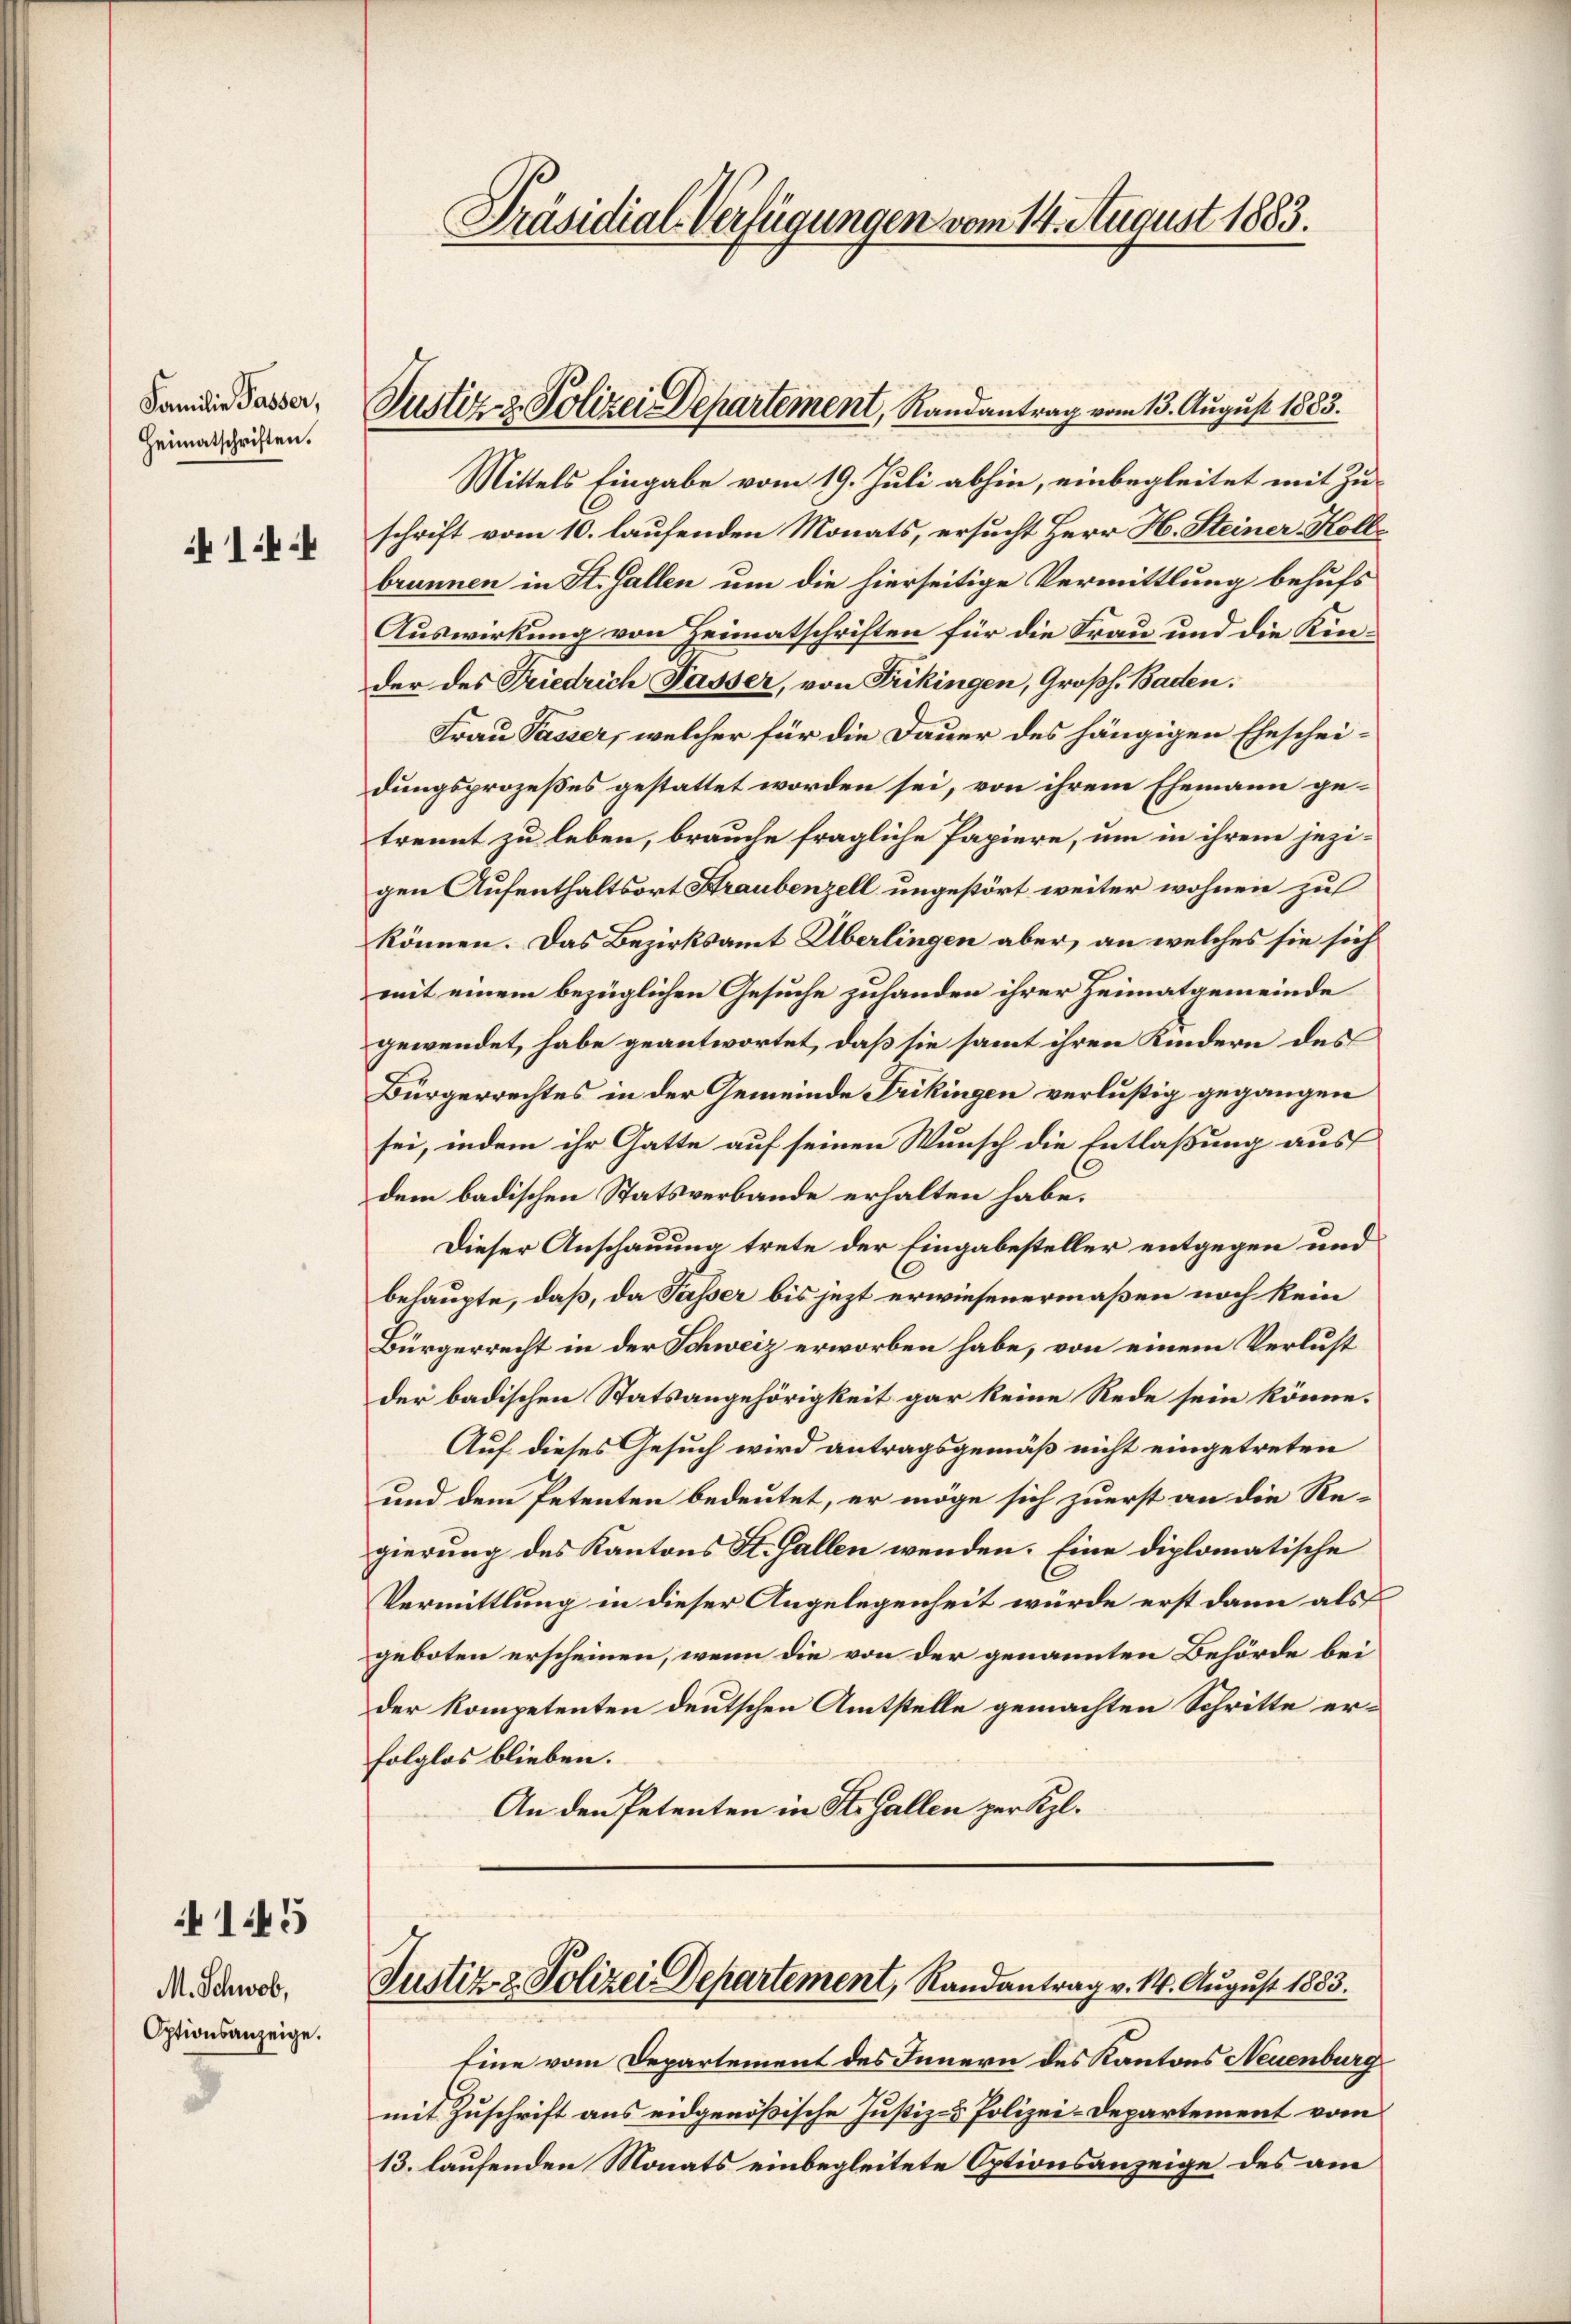
Familie Passer,
Heimatschriften.

1.44

145

M. Schwab,
Optionsanzeige.

Präsidial-Verfügungen vom 14. August 1883.

Mittels Eingabe vom 19. Juli abhin, einbegleitet mit Zu-
schrift vom 10. laufenden Monats, ersucht Herr H. Steiner Kolle
brunnen in St. Gallen um die hierseitige Vermittlung behufs
Auswirkung von Heimatschriften für die Frau und die Kinder des Friedrich Passer, von Frikingen, Großh. Baden.
Frau Passer, welcher für die Dauer des hängigen Ehescheidungsprozeßes gestattet worden sei, von ihrem Ehemann getrennt zu leben, brauche fragliche Papiere, um in ihrem jezi-
gen Aufenthaltsort Straubenzell ungestört weiter wohnen zu
können. Das Bezirksamt Überlingen aber, an welches sie sich
mit einem bezüglichen Gesuche zuhanden ihrer Heimatgemeinde
gewendet, habe geantwortet, daß sie samt ihren Kindern des
Bürgerrechtes in der Gemeinde Frikingen verlustig gegangen
sei, indem ihr Gatte auf seinen Wunsch die Entlaßung aus
dem badischen Statsverbande erhalten habe.
Dieser Anschauung trete der Eingabesteller entgegen und
behaupte, daß, da Passer bis jezt erwiesenermaßen noch kein
Bürgerrecht in der Schweiz erworben habe, von einem Verlust
der badischen Statsangehörigkeit gar keine Rede sein könne.
Auf dieses Gesuch wird antragsgemäß nicht eingetreten
und dem Petenten bedeutet, er möge sich zuerst an die Re-
gierung des Kantons St. Gallen wenden. Eine diplomatische
Vermittlung in dieser Angelegenheit würde erst dann als
geboten erscheinen, wenn die von der genannten Behörde bei
der Kompetenten deutschen Amtstelle gemachten Schritte erfolglos blieben.
An den Petenten in St. Gallen zur Kel¬

Justiz- & Polizei Departement, Randantrag vom 13. August 1883.

Justiz- & Polizei Departement, Randantrag v. M. August 1883.

Eine vom Departement des Innern des Kantons Neuenburg
mit Zuschrift aus eidgenößische Justiz- & Polizei-Departement vom
13. laufenden Monats einbegleitete Optionsanzeige des am